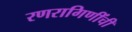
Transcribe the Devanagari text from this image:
रणरागिणींची